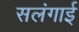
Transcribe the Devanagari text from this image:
सलंगाई